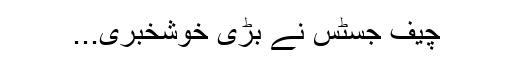
چیف جسٹس نے بڑی خوشخبری...